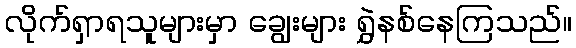
လိုက်ရှာရသူများမှာ ချွေးများ ရွှဲနစ်နေကြသည်။